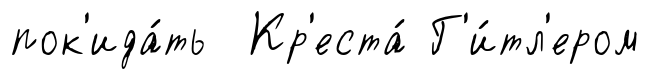
пок'ида́ть Кр'еста́ Г'и́тл'ером